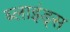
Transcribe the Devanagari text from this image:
ब्लाइंड्स